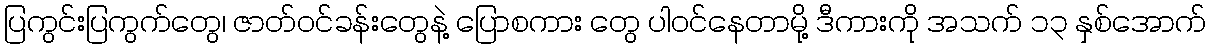
ပြကွင်းပြကွက်တွေ၊ ဇာတ်ဝင်ခန်းတွေနဲ့ ပြောစကား တွေ ပါဝင်နေတာမို့ ဒီကားကို အသက် ၁၃ နှစ်အောက်